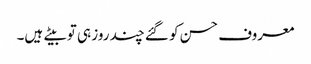
معروف حسن کو گئے چند روز ہی تو بیتے ہیں۔